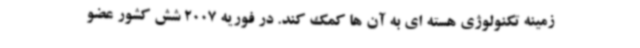
زمینه تکنولوژی هسته ای به آن ها کمک کند. در فوریه 2007 شش کشور عضو